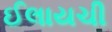
ઈલાયચી